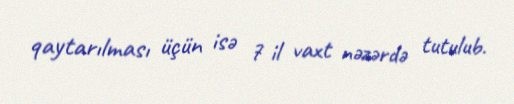
qaytarılması üçün isə 7 il vaxt nəzərdə tutulub.